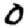
Digit: 0